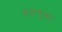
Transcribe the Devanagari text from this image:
डहाणुका